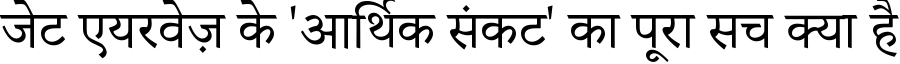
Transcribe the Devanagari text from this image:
जेट एयरवेज़ के 'आर्थिक संकट' का पूरा सच क्या है